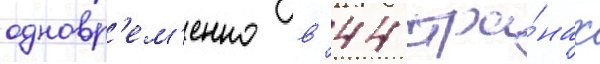
одновр'ем'енно в 44 стра́нах